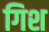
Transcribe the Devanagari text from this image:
गिश